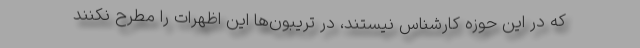
که در این حوزه کارشناس نیستند، در تریبون‌ها این اظهرات را مطرح نکنند